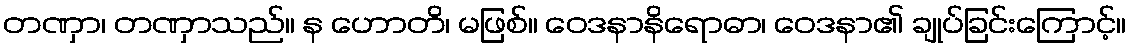
တဏှာ၊ တဏှာသည်။ န ဟောတိ၊ မဖြစ်။ ဝေဒနာနိရောဓာ၊ ဝေဒနာ၏ ချုပ်ခြင်းကြောင့်။